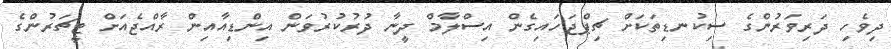
ދިވެހި ދަރިވަރުންގެ ސިކުނޑިތަކަށް ޗިޕްޖަހައިގެން އިސްލާމް ދީނާ ދުރުކުރުވަން އިންޑިއާއިން ރާއްޖެއަށް ޓީޗަރުންގެ